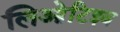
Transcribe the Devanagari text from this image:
लिओटिइव